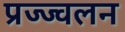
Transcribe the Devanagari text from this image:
प्रज्ज्वलन